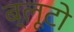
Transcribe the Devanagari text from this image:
ब्लूटो